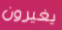
يغيرون